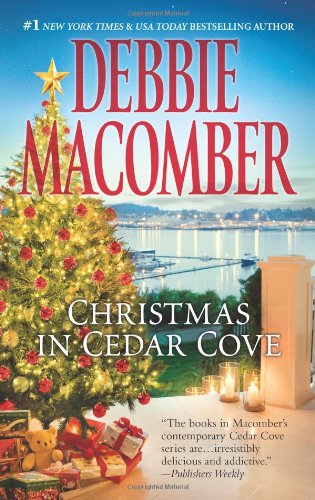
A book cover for Christmas in Cedar Cove: 5-B Poppy Lane\A Cedar Cove Christmas (A Cedar Cove Novel); Debbie Macomber; Romance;